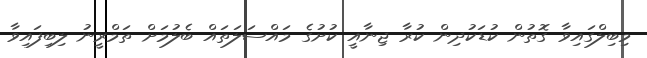
މިބިލްގައިވާ ގޮތުން ކުޑަކުދިން ކުރާ ޖިނާއީ ކުށުގެ މައްސަލަތައް ބެލުމަށް ތަމްރީނު ލިބިފައިވާ